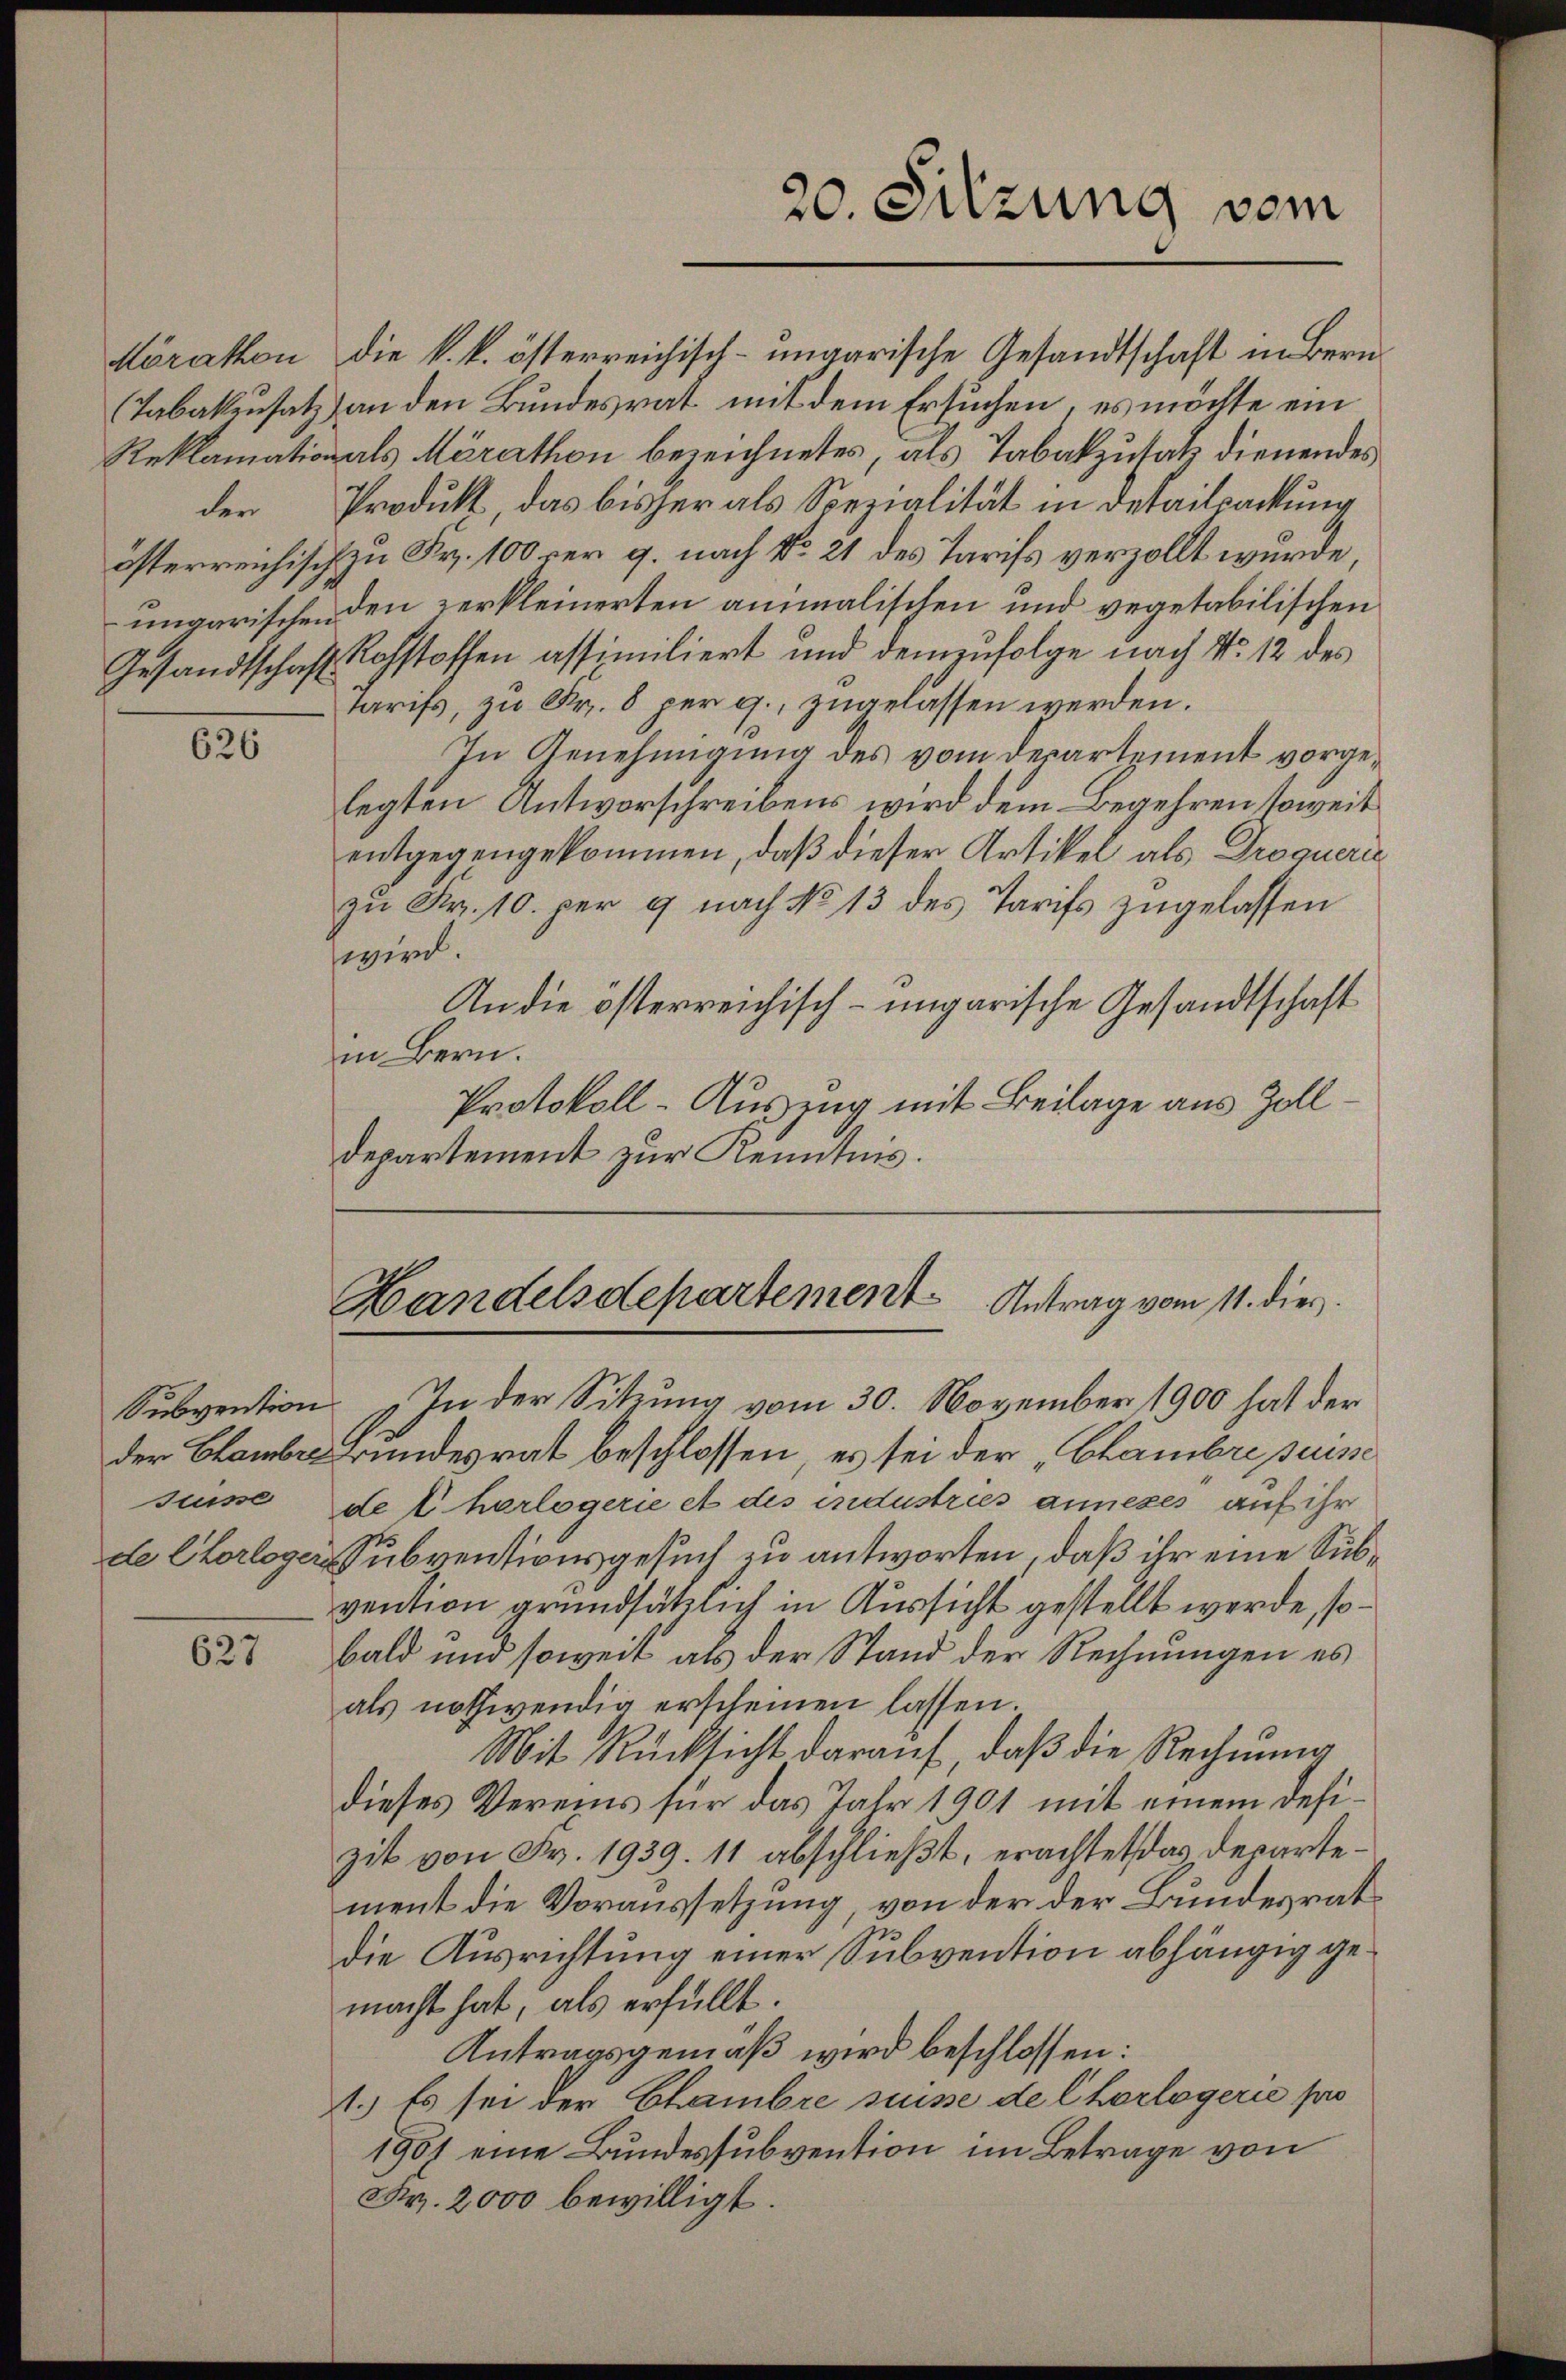
Gesandtschaft

626

627

Köration die k. k. österreichisch-ungarische Gesandtschaft in Bern
Tabakusatz) an den Bundesrat mit dem Ersuchen, es möchte ein
Reklamationals Merathon bezeichnetes, als Tabakzusatz dienendes
der Produkt, das bisher als Spezialität in Detailpackung
österreichisch zu Fr. 100 rer g. nach No. 21 des Tarifs verzollt wurde,
ungarischen den zerkleinerten animalischen und vegetabilischen
Rohstoffen assimiliert und demzufolge nach No. 12 des
Tarifs, zu Nr. 8 per c., zugelassen werden.
In Genehmigung des vom Departement vorgelegten Antworschreibens wird dem Begehren soweit
entgegengekommen, daß dieser Artikel als Droqueri
zŭ Fr. 10. per 9 nach No 13 des Tarifs zugelassen
wird.
An die österreichisch-ungarische Gesandtschaft
in Bern.
Protokoll-Auszug mit Beilage aus Zolldepartement zur Kenntnis.

20. Sitzung vom

Handelsdepartement Antrag vom 11. dies
Subvention „In der Sitzung vom 30. November 1900 hat der

der am Bundesrat beschlossen, es sei der „Chambre puisse
süsse der herlogerie et des industries annexes auf ihr
de Chorloger Subventionsgesuch zu antworten, daß ihr eine Subvention grundsätzlich in Aussicht gestellt werde, so
bald und soweit als der Stand der Rechnungen es
als nothwendig erscheinen lassen.
Mit Rücksicht darauf, daß die Rechnung
dieses Vereins für das Jahr 1901 mit einem defizit von Fr. 1939. 11 abschließt, erachtet das Departement die Voraussetzung, von der der Bundesratdie Ausrichtung einer Subvention abhängig gemacht hat, als erfüllt.
Antragsgemäß wird beschlossen:
1.) Es sei der Chambre suisse del herlegerie p
1907 eine Bundessubvention im Betrage von
Fr. 2000 bewilligt.